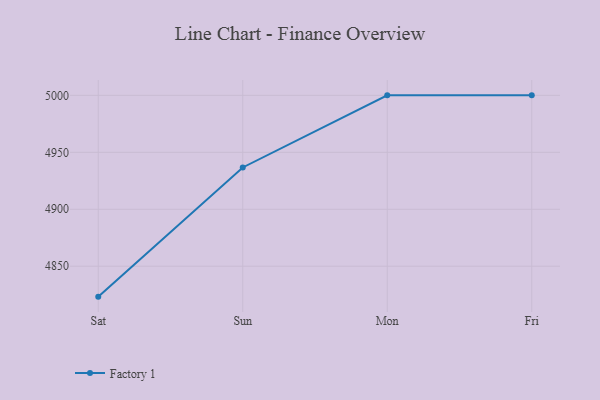
{"axis": {"x": "Day", "y": "Active Users"}, "legend": ["Factory 1"], "data": [{"x": "Sat", "y": 4823.3, "type": "Factory 1"}, {"x": "Sun", "y": 4936.7, "type": "Factory 1"}, {"x": "Mon", "y": 5000, "type": "Factory 1"}, {"x": "Fri", "y": 5000, "type": "Factory 1"}]}